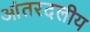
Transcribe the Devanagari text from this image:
आंतरदलीय